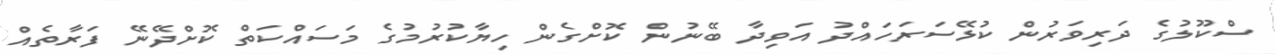
ސްކޫލުގެ ދަރިވަރުން ކުޅޭސަރަހައްދު އަވިދާ ބޭނުން ކޮށްގެން ހިޔާކުރުމުގެ މަސައްކަތް ކޮށްދޭނޭ ފަރާތެއް